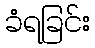
ခံရခြင်း